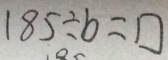
1 8 5 \div b = \square